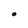
Character: O